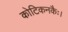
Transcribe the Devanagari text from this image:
कोटिकनकैः।